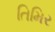
તિમિર